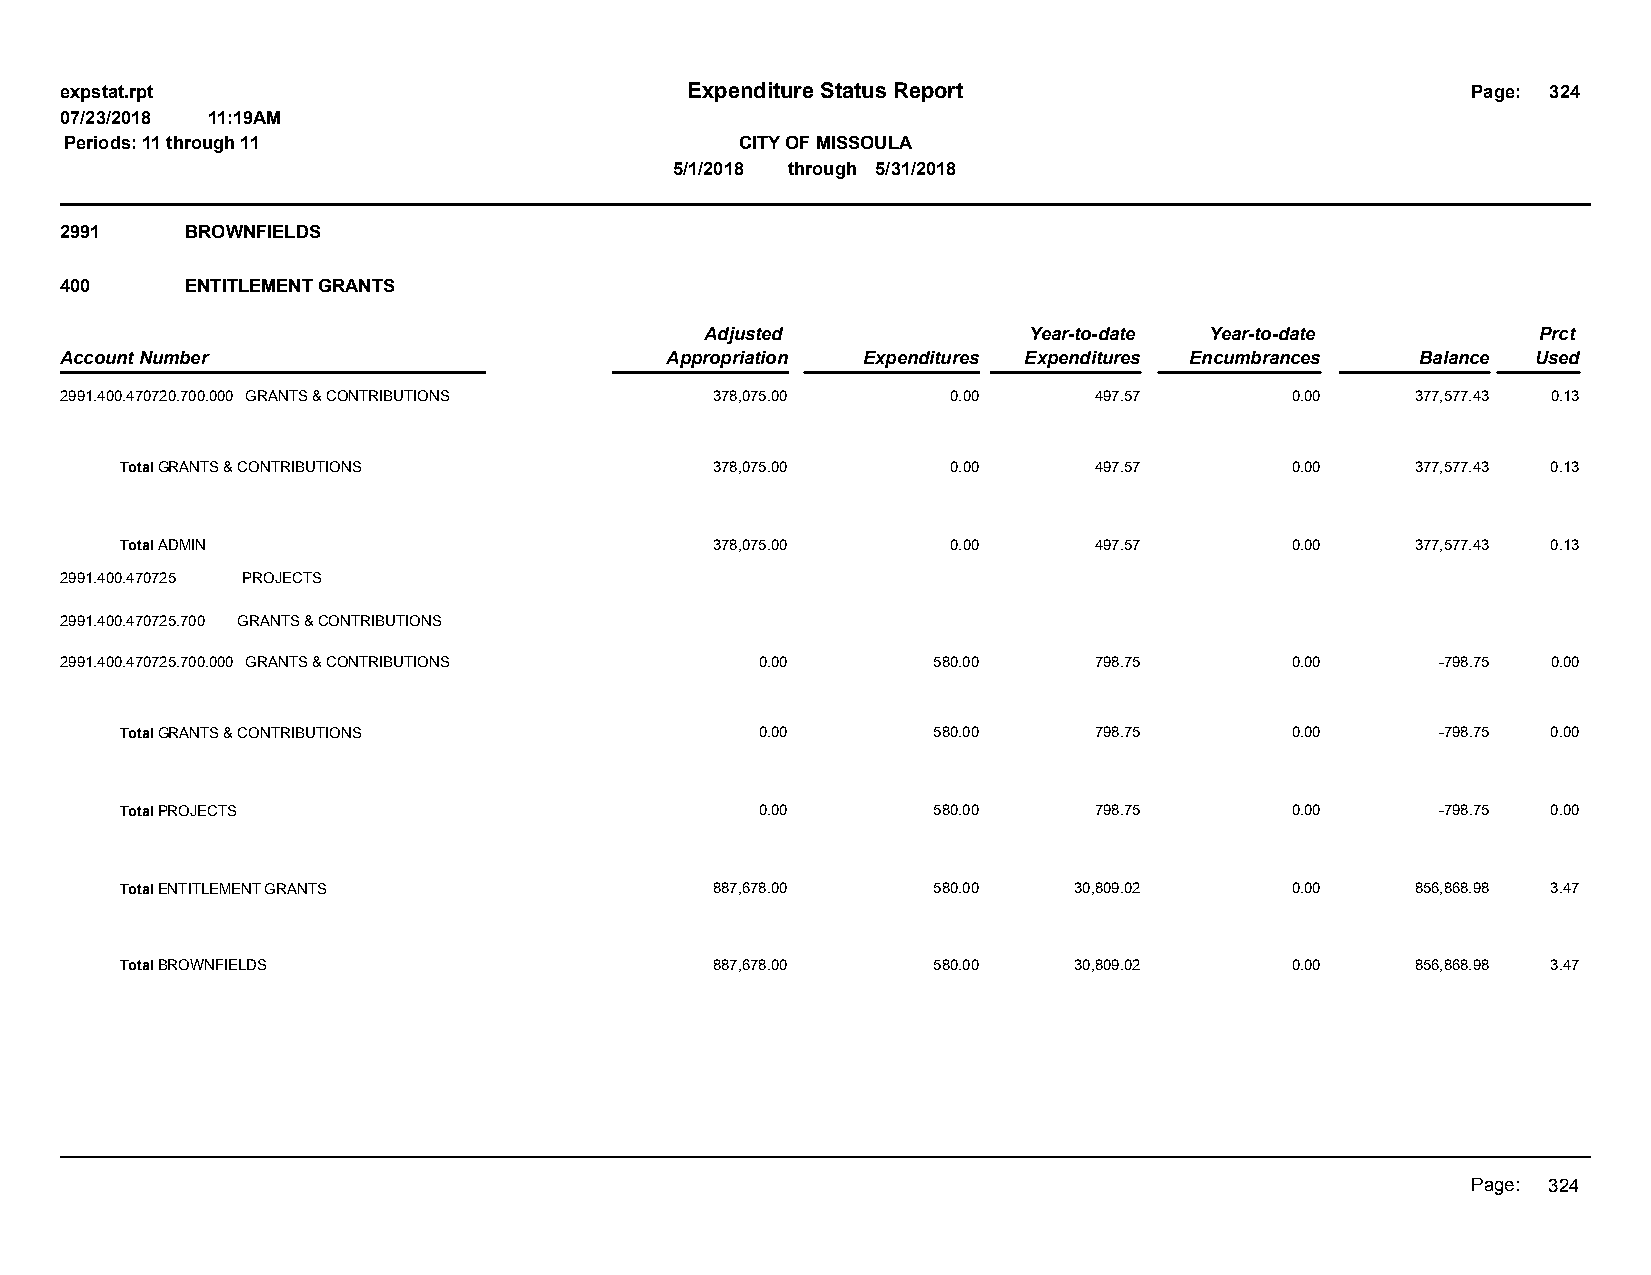
expstat.rpt                              Expenditure Status Report                           Page: 324
 07/23/2018 11:19AM
 Periods: 11 through 11                       CITY OF MISSOULA
 5/1/2018 through 5/31/2018
 2991    BROWNFIELDS
 400     ENTITLEMENT GRANTS
 Adjusted             Year-to-date Year-to-date         Prct
 Account Number                          Appropriation Expenditures Expenditures Encumbrances Balance Used
 2991.400.470720.700.000 GRANTS & CONTRIBUTIONS 378,075.00  0.00     497.57       0.00     377,577.43 0.13
 Total GRANTS & CONTRIBUTIONS           378,075.00      0.00     497.57       0.00     377,577.43 0.13
 Total ADMIN                            378,075.00      0.00     497.57       0.00     377,577.43 0.13
 2991.400.470725 PROJECTS
 2991.400.470725.700 GRANTS & CONTRIBUTIONS
 2991.400.470725.700.000 GRANTS & CONTRIBUTIONS 0.00       580.00    798.75       0.00      -798.75 0.00
 Total GRANTS & CONTRIBUTIONS              0.00        580.00    798.75       0.00      -798.75 0.00
 Total PROJECTS                            0.00        580.00    798.75       0.00      -798.75 0.00
 Total ENTITLEMENT GRANTS               887,678.00     580.00   30,809.02     0.00     856,868.98 3.47
 Total BROWNFIELDS                      887,678.00     580.00   30,809.02     0.00     856,868.98 3.47
 Page: 324